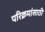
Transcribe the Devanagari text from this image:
परिक्रमांसाठी